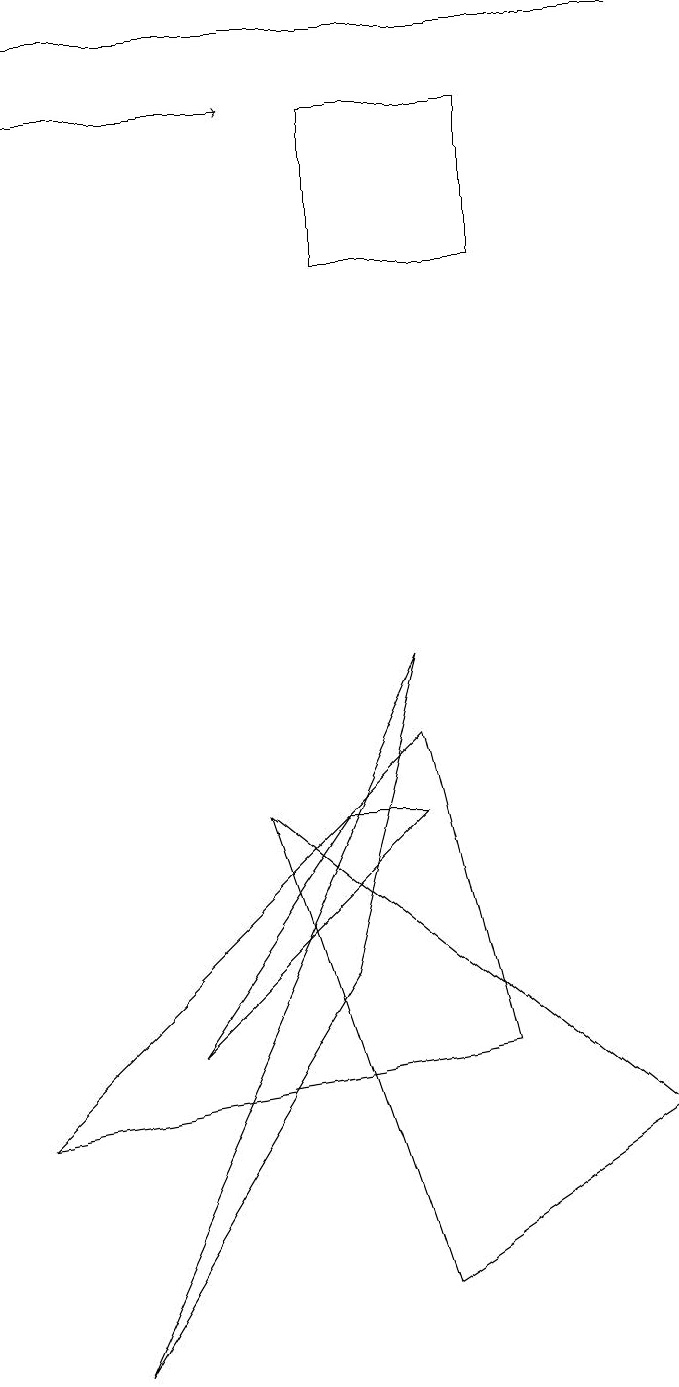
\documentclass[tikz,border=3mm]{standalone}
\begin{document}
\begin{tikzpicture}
\draw (5,1) -- (3,7) -- (8,3) -- cycle;
\draw (0,3) -- (6,4) -- (5,8) -- cycle;
\draw (6,16) rectangle (4,14);
\draw (4,5) -- (5,9) -- (1,0) -- cycle;
\draw (4,7) -- (5,7) -- (2,4) -- cycle;
\draw[->] (0,16) -- (3,16);
\draw (0,17) rectangle (8,17);
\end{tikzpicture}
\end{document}